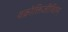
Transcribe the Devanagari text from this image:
वक्रोक्तिजीवितम्